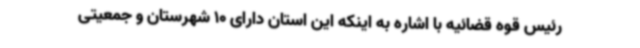
رئیس قوه قضائیه با اشاره به اینکه این استان دارای 10 شهرستان و جمعیتی